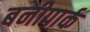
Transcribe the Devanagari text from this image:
बनीपार्क